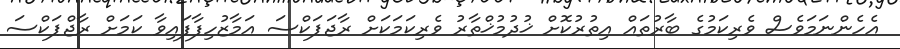
އެހެންނަމަވެސް ވެރިކަމުގެ ބާރުތައް އިތުރުކޮށް ޚުދުމުޚްތާރު ވެރިކަމަކަށް ރާޖަޕަކްސަ އަމާޒުހިފާފައިވާ ކަމަށް ރާޖްޕަކްސަ